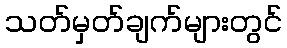
သတ်မှတ်ချက်များတွင်